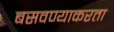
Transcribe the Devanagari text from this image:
बसवण्याकरता